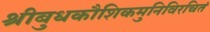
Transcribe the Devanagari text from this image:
श्रीबुधकौशिकमुनिविरचितं